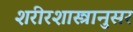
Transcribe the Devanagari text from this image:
शरीरशास्त्रानुसर